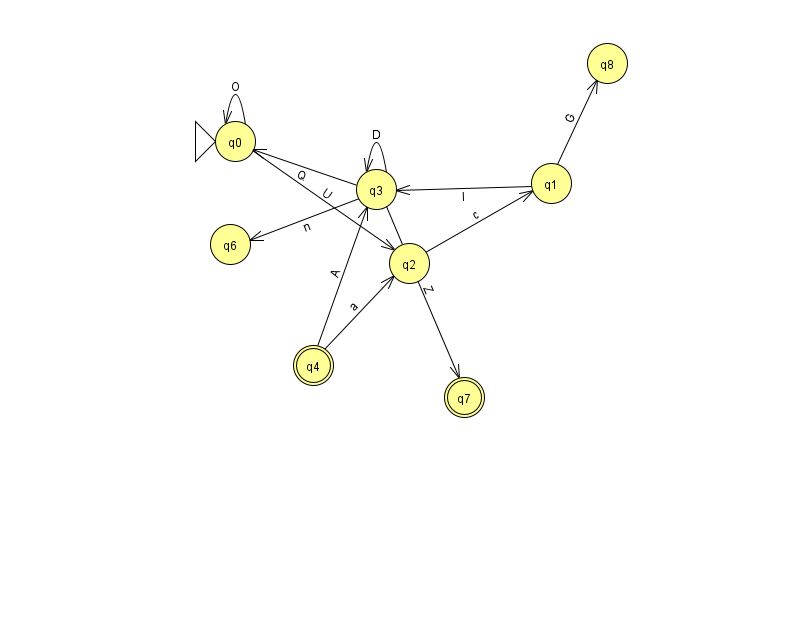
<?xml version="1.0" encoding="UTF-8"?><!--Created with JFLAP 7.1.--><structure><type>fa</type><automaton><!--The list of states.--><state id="0" name="q0"><x>235.0</x><y>128.0</y><initial/></state><state id="1" name="q1"><x>551.0</x><y>170.0</y></state><state id="2" name="q2"><x>409.0</x><y>250.0</y></state><state id="3" name="q3"><x>376.0</x><y>176.0</y></state><state id="4" name="q4"><x>313.0</x><y>352.0</y><final/></state><state id="6" name="q6"><x>230.0</x><y>231.0</y></state><state id="7" name="q7"><x>464.0</x><y>384.0</y><final/></state><state id="8" name="q8"><x>607.0</x><y>50.0</y></state><!--The list of transitions.--><transition><from>3</from><to>6</to><read>n</read></transition><transition><from>4</from><to>3</to><read>A</read></transition><transition><from>3</from><to>3</to><read>D</read></transition><transition><from>0</from><to>2</to><read>U</read></transition><transition><from>1</from><to>3</to><read>I</read></transition><transition><from>3</from><to>7</to><read>Z</read></transition><transition><from>2</from><to>1</to><read>c</read></transition><transition><from>3</from><to>0</to><read>Q</read></transition><transition><from>4</from><to>2</to><read>a</read></transition><transition><from>0</from><to>0</to><read>O</read></transition><transition><from>1</from><to>8</to><read>G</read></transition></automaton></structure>